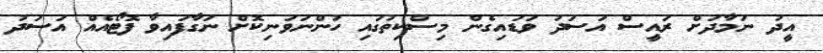
އީދު ނަމާދަށް ރައީސް އަސަދު ވަޑައިގެން މިސްކިތުގައި ހުންނަވަނިކޮށް ނަގާފައިވާ ފޮޓޯއެއް އަސަދު